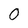
Character: 0